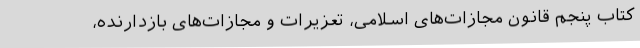
کتاب پنجم قانون مجازات‌های اسلامی، تعزیرات و مجازات‌های بازدارنده،